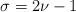
LaTeX: \begin{align*} \sigma = 2\nu-1\end{align*}